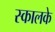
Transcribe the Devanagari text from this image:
स्कालके